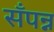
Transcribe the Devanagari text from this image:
सँपन्न